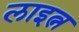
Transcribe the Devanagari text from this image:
लाइत्न